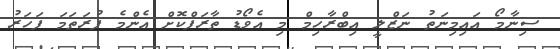
ސިނާމޯ އައިމިނަތު ނަޒްލީ އިބްރާހިމް މި އެވޯޑު ތާރަފްކޮށް އެންމެ ފުރަތަމަ ފަހަރު